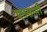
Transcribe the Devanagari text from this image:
एतसामी